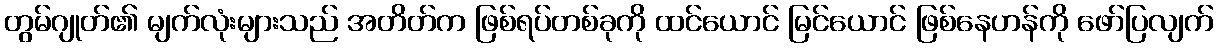
တွမ်ဂျုတ်၏ မျက်လုံးများသည် အတိတ်က ဖြစ်ရပ်တစ်ခုကို ထင်ယောင် မြင်ယောင် ဖြစ်နေဟန်ကို ဖော်ပြလျက်